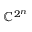
\mathbb { C } ^ { 2 ^ { n } }